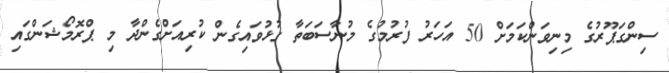
ސިންގަޕޫރުގެ މިނިވަންކަމަށް 50 އަހަރު ފުރުމުގެ މުނާސަބަތާ ގުޅުވައިގެން ކުރިއަށްގެންދާ މި ޕްރޮމޯޝަންގައި